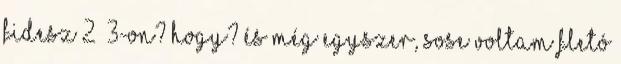
Fidesz 2 3-on? Hogy? És még egyszer, sose voltam Fletó